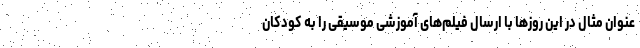
عنوان مثال در این روزها با ارسال فیلم‌های آموزشی موسیقی را به کودکان